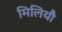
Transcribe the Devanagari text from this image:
मिलियौ